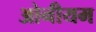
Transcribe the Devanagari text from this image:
ओनीयम